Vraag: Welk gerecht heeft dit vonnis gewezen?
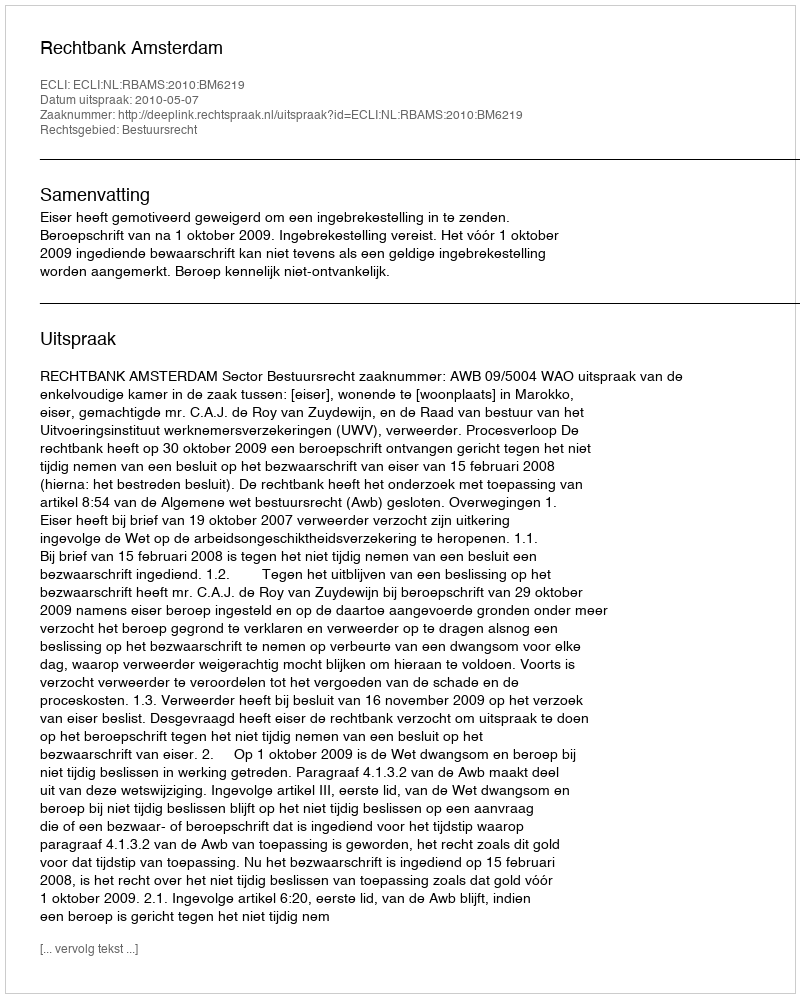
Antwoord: Rechtbank Amsterdam